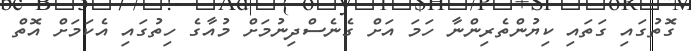
ގޮތުގައި ގަތައި ކިޔުންތެރިންނާ ހަމަ އަށް ގެނެސްދިނުމަށް މުއާގެ ހިތުގައި އެކަމަށް އޮތް